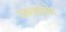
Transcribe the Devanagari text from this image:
दारूसीतोर